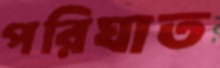
পরিঘাত